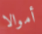
أموالا